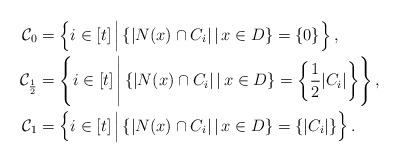
LaTeX: \begin{align*}\mathcal{C}_0 &= \left\{ i \in [t] \, \Big| \, \{|N(x) \cap C_i| \,|\, x \in D \} = \{0\} \right\}, \\\mathcal{C}_{\frac{1}{2}} &= \left\{ i \in [t] \, \Bigg| \, \{|N(x) \cap C_i| \,|\, x \in D \} = \left\{ \frac{1}{2}|C_i| \right\} \right\}, \\\mathcal{C}_1 &= \left\{ i \in [t] \, \Big| \, \{|N(x) \cap C_i| \,|\, x \in D \} = \{|C_i|\} \right\}.\end{align*}